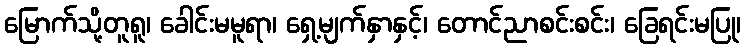
မြောက်သို့တူရူ၊ ခေါင်းမမူရာ၊ ရှေ့မျက်နှာနှင့်၊ တောင်ညာစင်းစင်း၊ ခြေရင်းမပြု၊